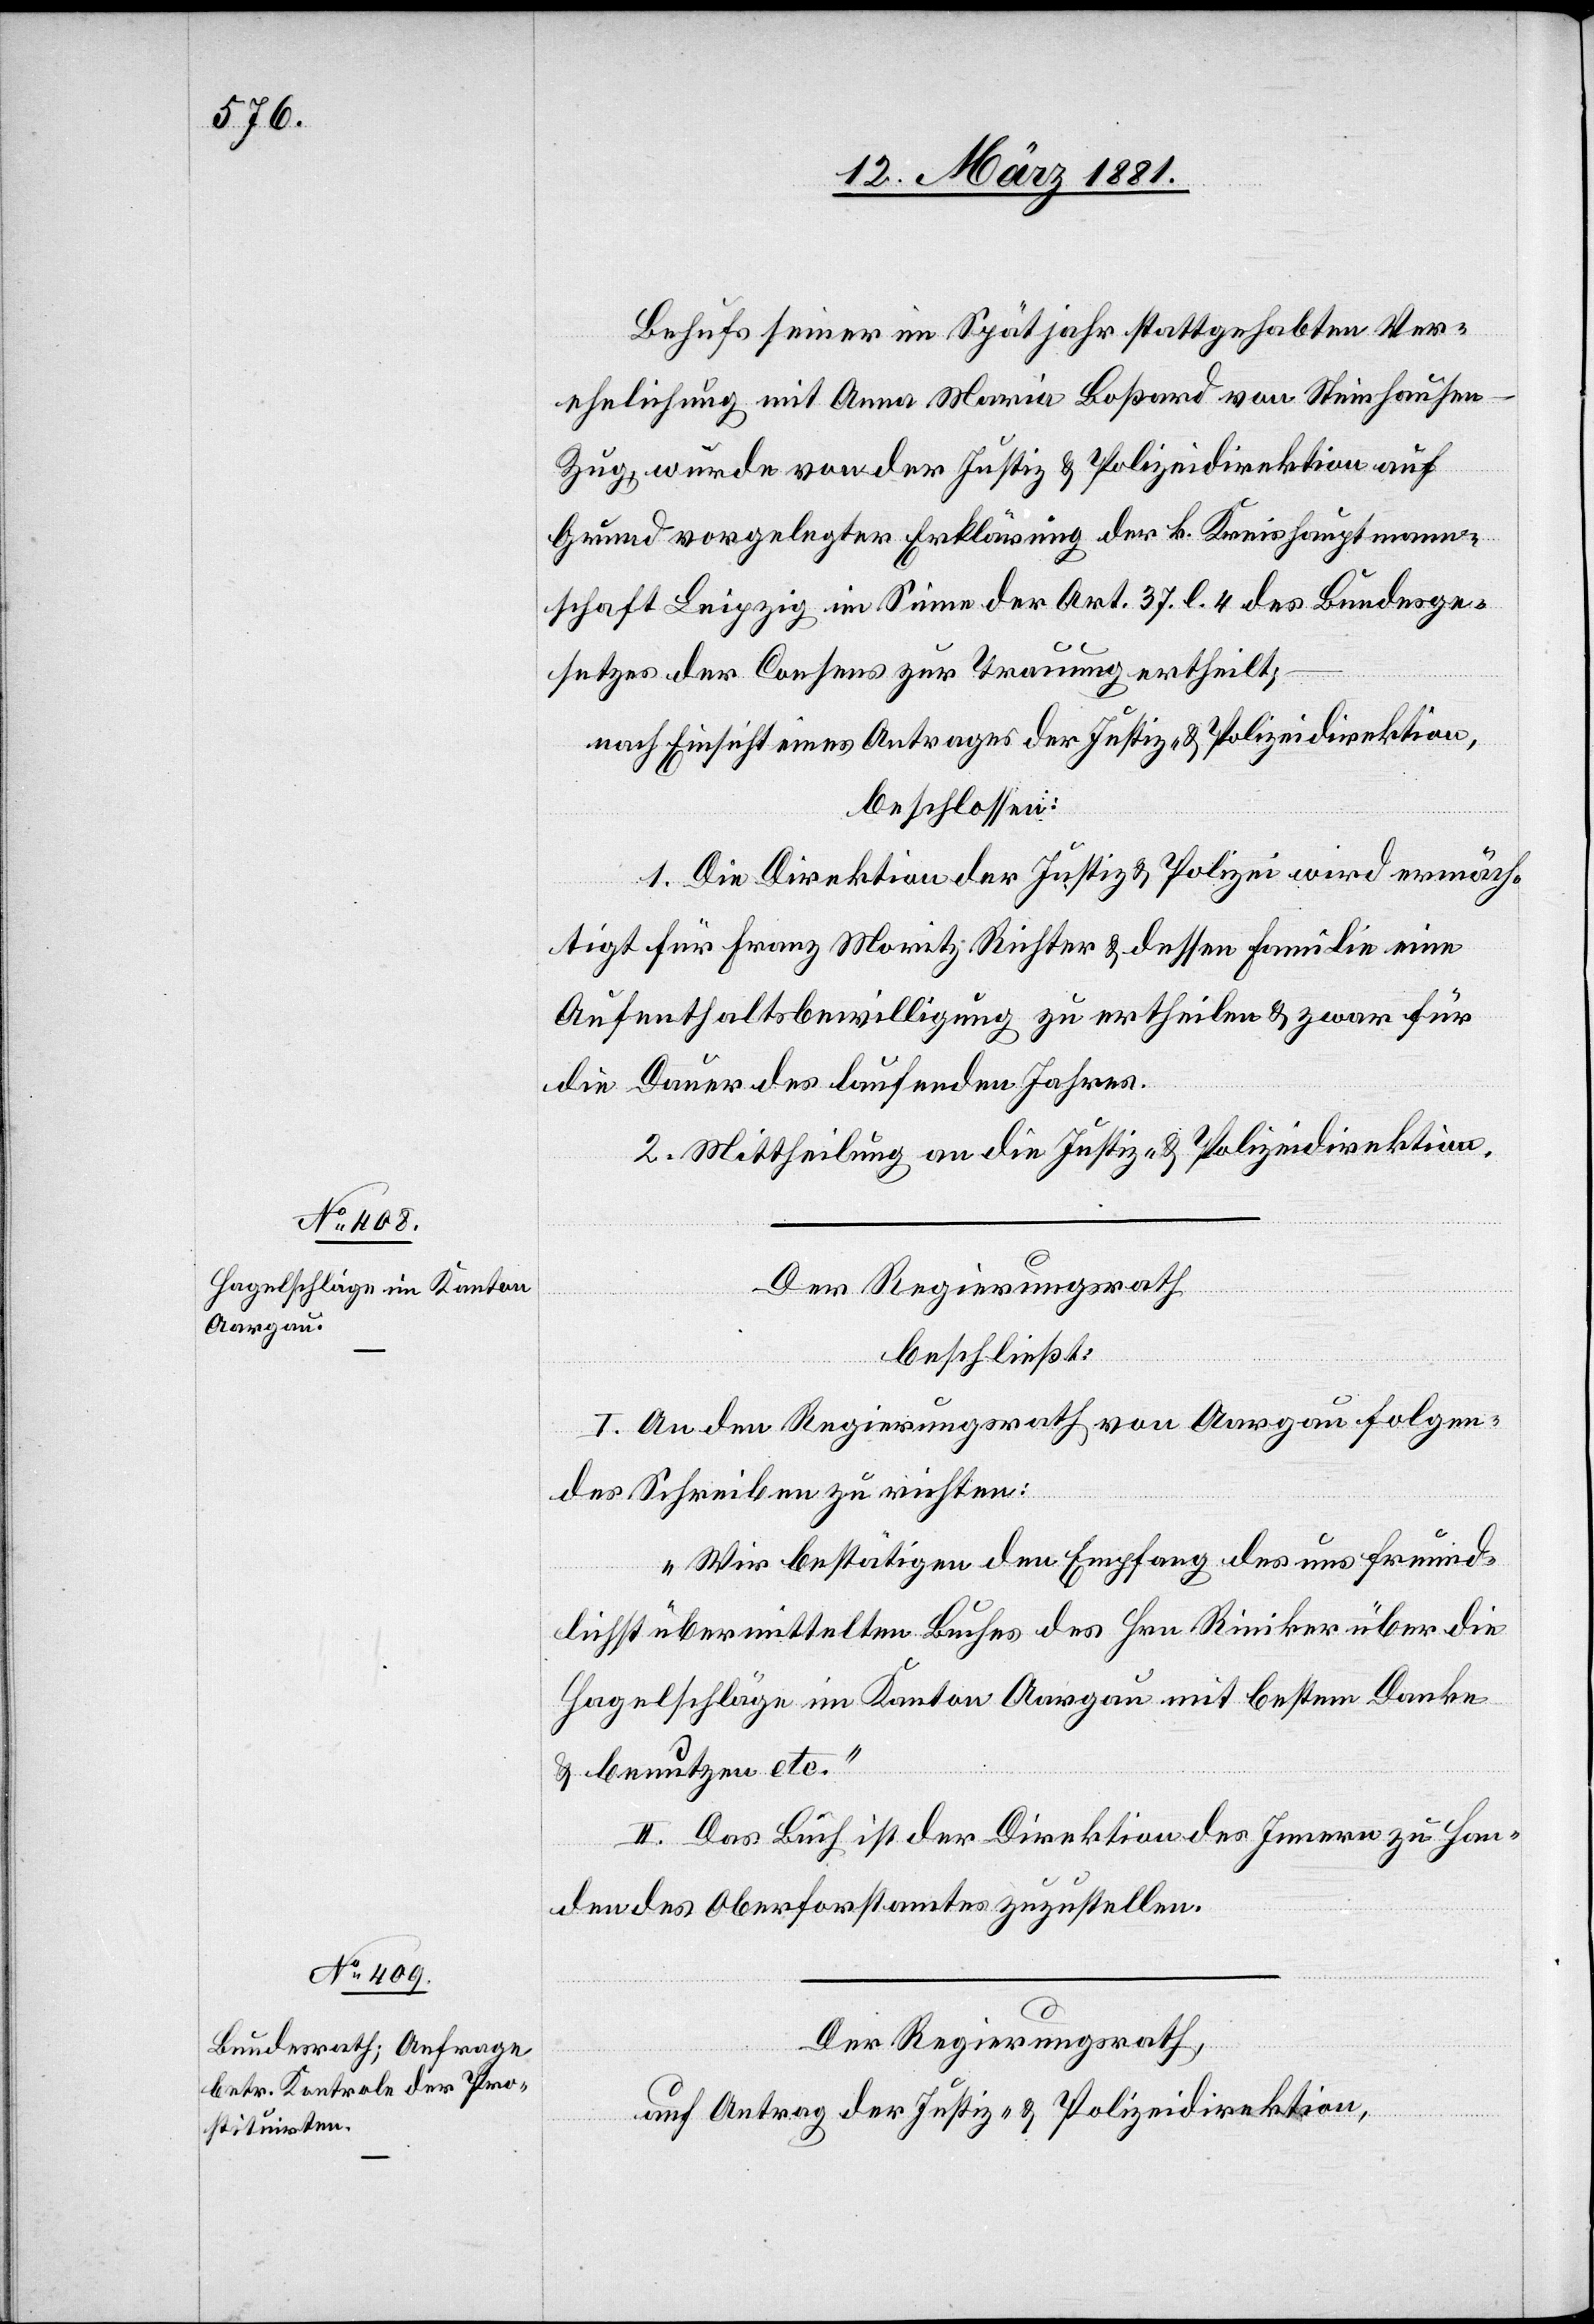
Behufs seiner im Spätjahr stattgehabten Ver¬
ehelichung mit Anna Maria Boßhard von Steinhausen
Zug, wurde von der Justiz- & Polizeidirektion,
beschlossen:
1. Die Direktion der Justiz & Polizei wird ermäch¬
tigt für Franz Moritz Richter & dessen Familie eine
Aufenthaltsbewilligung zu ertheilen & zwar für
die Dauer des laufenden Jahres.
2. Mittheilung an die Justiz- & Polizeidirektion.
Der Regierungsrath
beschließt:
I. An den Regierungsrath von Aargau folgen¬
des Schreiben zu richten:
„Wir bestätigen den Empfang des uns freund¬
lichst übermittelten Buches des Hrn. Riniker über die
Hagelschläge im Kanton Aargau mit bestem Danke
& benutzen etc.“
II. Das Buch ist der Direktion des Innern zu Han¬
den des Oberforstamtes zuzustellen.
Der Regierungsrath,
auf Antrag der Justiz- und Polizeidirektion,